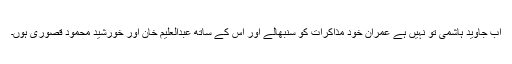
اب جاوید ہاشمی تو نہیں ہے عمران خود مذاکرات کو سنبھالے اور اس کے ساتھ عبدالعلیم خان اور خورشید محمود قصوری ہوں۔